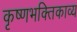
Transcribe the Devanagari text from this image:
कृष्णभक्तिकाव्य